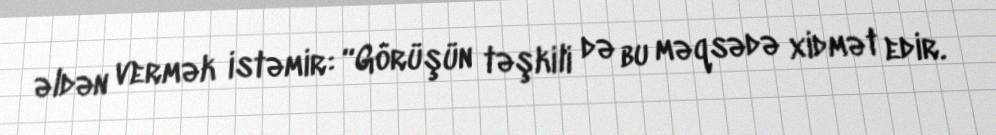
əldən vermək istəmir: “Görüşün təşkili də bu məqsədə xidmət edir.